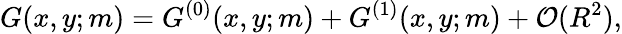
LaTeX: G(x,y;m)=G^{(0)}(x,y;m)+G^{(1)}(x,y;m)+{\cal O}(R^{2}),